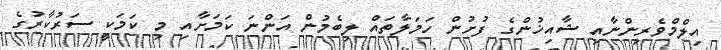
އިލްމްވެރިންނާއި ޝާއިޚުންގެ ފުށުން ހަމަލާތައް ލިބެމުން އަންނަ ކަމަށާއި މި ކަމަކީ ސަރުކާރުގެ